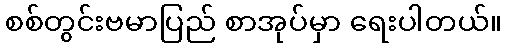
စစ်တွင်းဗမာပြည် စာအုပ်မှာ ရေးပါတယ်။